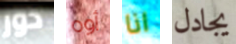
دور أوه انا يجادل